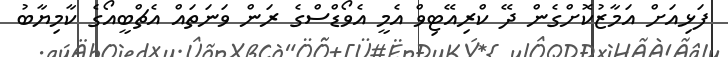
ފަޅިއަށް އަމާޒުކޮށްގެން ދޭ ކްރިއޭޓިވް އެމީ އެވޯޑްސްގެ ރަން ވަނަތައް އެޗްބީއޯގެ ކާމިޔާބު